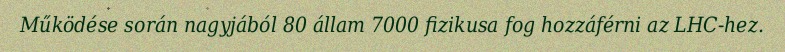
Működése során nagyjából 80 állam 7000 fizikusa fog hozzáférni az LHC-hez.